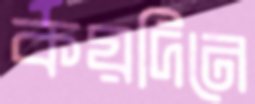
কয়দিনে